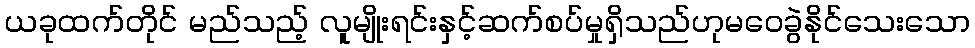
ယခုထက်တိုင် မည်သည့် လူမျိုးရင်းနှင့်ဆက်စပ်မှုရှိသည်ဟုမဝေခွဲနိုင်သေးသော